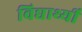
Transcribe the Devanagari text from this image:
विद्यार्थ्यी